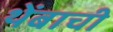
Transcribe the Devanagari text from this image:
थेंबाची